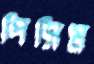
পিসিম